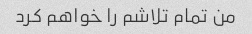
من تمام تلاشم را خواهم کرد